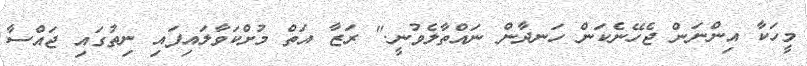
މީހަކާ އިންނަން ޖެހޭނެކަން ހަނދާން ނައްތާލެވުނީ." ރަޒާ އަތް މުށްކަވާލައިފައި ނިތުގައި ޖައްސާ